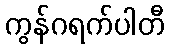
ကွန်ဂရက်ပါတီ